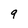
Character: 9